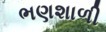
ભણશાળી